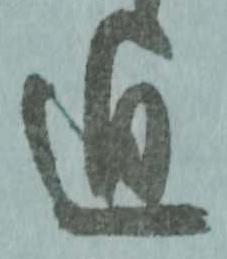
通